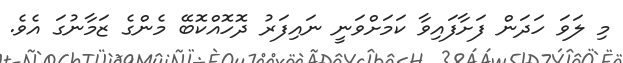
މި ލަވަ ހަދަން ފަށާފައިވާ ކަމަށްވަނީ ނައިފަރު ދޮހޮއްކޮބޭ މެންގެ ޒަމާނުގަ އެވެ.